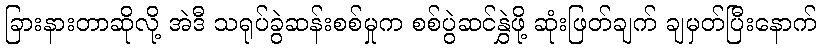
ခြားနားတာဆိုလို့ အဲဒီ သရုပ်ခွဲဆန်းစစ်မှုက စစ်ပွဲဆင်နွှဲဖို့ ဆုံးဖြတ်ချက် ချမှတ်ပြီးနောက်